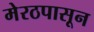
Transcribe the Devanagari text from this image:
मेरठपासून